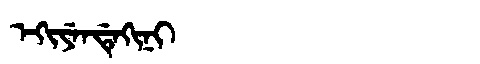
Manchu: ᡝᡴᡳᠶᡝᠨᡩᡝᡴᡳᠨᡳ
Romanization: EKIYENDEKINI